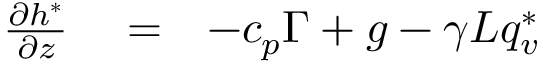
\begin{array} { r l r } { \frac { \partial h ^ { * } } { \partial z } } & { { } = } & { - c _ { p } \Gamma + g - \gamma L q _ { v } ^ { * } } \end{array}